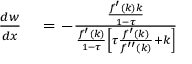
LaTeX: \begin{array} { r l } { { \frac { d w } { d x } } } & { { } = - { \frac { \frac { f ^ { \prime } ( k ) k } { 1 - \tau } } { { \frac { f ^ { \prime } ( k ) } { 1 - \tau } } \left[ \tau { \frac { f ^ { \prime } ( k ) } { f ^ { \prime \prime } ( k ) } } + k \right] } } } \end{array}